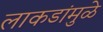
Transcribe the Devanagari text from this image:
लाकडांमुळे